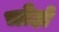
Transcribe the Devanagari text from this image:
चोहो